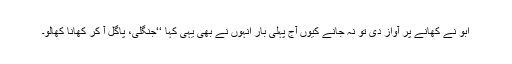
ابو نے کھانے پر آواز دی تو نہ جانے کیوں آج پہلی بار انہوں نے بھی یہی کہا ‘‘جنگلی، پاگل آ کر کھانا کھالو۔